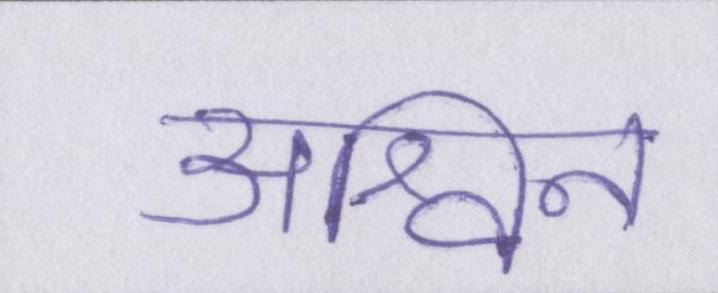
अश्विन